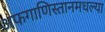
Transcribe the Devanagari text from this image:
अफगाणिस्तानमधल्या